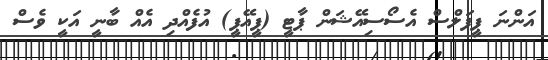
އަންނަ ޕީޕަލްސް އެސޯސިއޭޝަން ޕާޓީ (ޕީއޭޕީ) އުފެއްދި އެއް ބާނީ އަކީ ވެސް